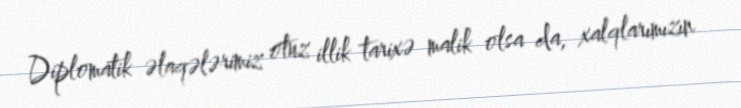
Diplomatik əlaqələrimiz otuz illik tarixə malik olsa da, xalqlarımızın